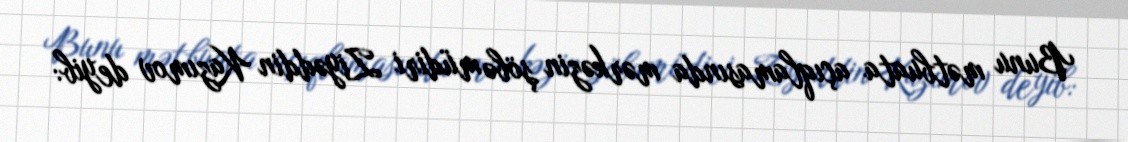
Bunu mətbuata açıqlamasında mərkəzin şöbə müdiri Ziyəddin Kazımov deyib: